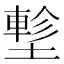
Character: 𡑁